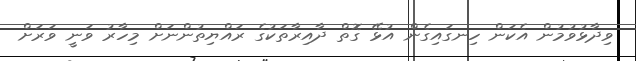
ވިދާޅުވުމުން އެކަން ހިނގައިގެން އުޅޭ ގޮތް ދާއިރާތަކުގެ ރައްޔިތުންނަށް މިހާރު ވަނީ ވަރަށް